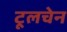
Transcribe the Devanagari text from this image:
टूलचेन